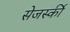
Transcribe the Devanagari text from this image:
सेजर्स्की